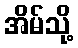
အိမ်သို့